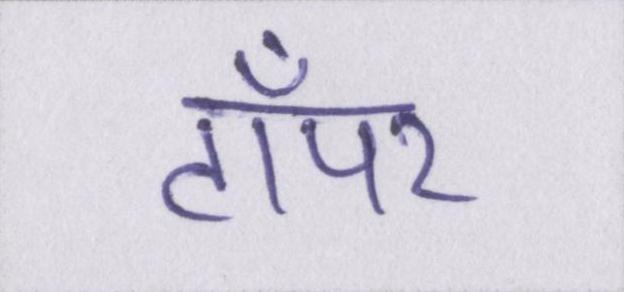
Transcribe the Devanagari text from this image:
टॉपर